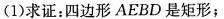
(1)求证：四边形AEBD是矩形；